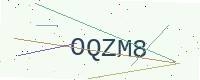
Text: OQZM8